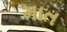
માત